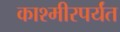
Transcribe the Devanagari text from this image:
काश्मीरपर्यंत